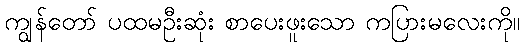
ကျွန်တော် ပထမဦးဆုံး စာပေးဖူးသော ကပြားမလေးကို။